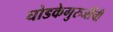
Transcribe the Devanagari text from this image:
घोडकेगुरुजींची